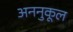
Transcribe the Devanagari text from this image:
अननुकूल